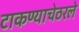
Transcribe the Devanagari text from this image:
टाकण्याचेठरले